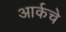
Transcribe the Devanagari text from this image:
आर्कचे